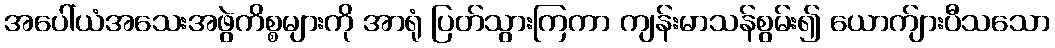
အပေါ်ယံအသေးအဖွဲကိစ္စများကို အာရုံ ပြတ်သွားကြကာ ကျန်းမာသန်စွမ်း၍ ယောက်ျားပီသသော